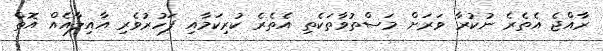
ރާއްޖެ އެތެރެ ނުކުރާ ވަރަށް މަސްތުވާތަކެތި އެތެރެ ކުރިކަމާއި ފަހުރުވެރި އާއިލާއެއް އޮތް